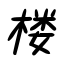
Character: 楼